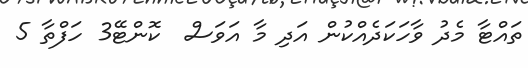
ތައްޓާ މެދު ވާހަކަދެއްކުން އަދި މާ އަވަސް  ކޮންޓޭ3 ހަފްތާ 5